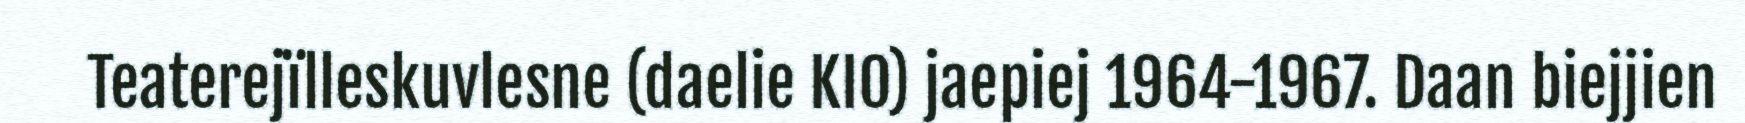
Teaterejïlleskuvlesne (daelie KIO) jaepiej 1964-1967. Daan biejjien